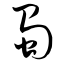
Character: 蜀